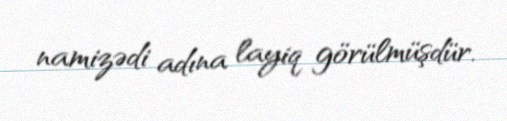
namizədi adına layiq görülmüşdür.